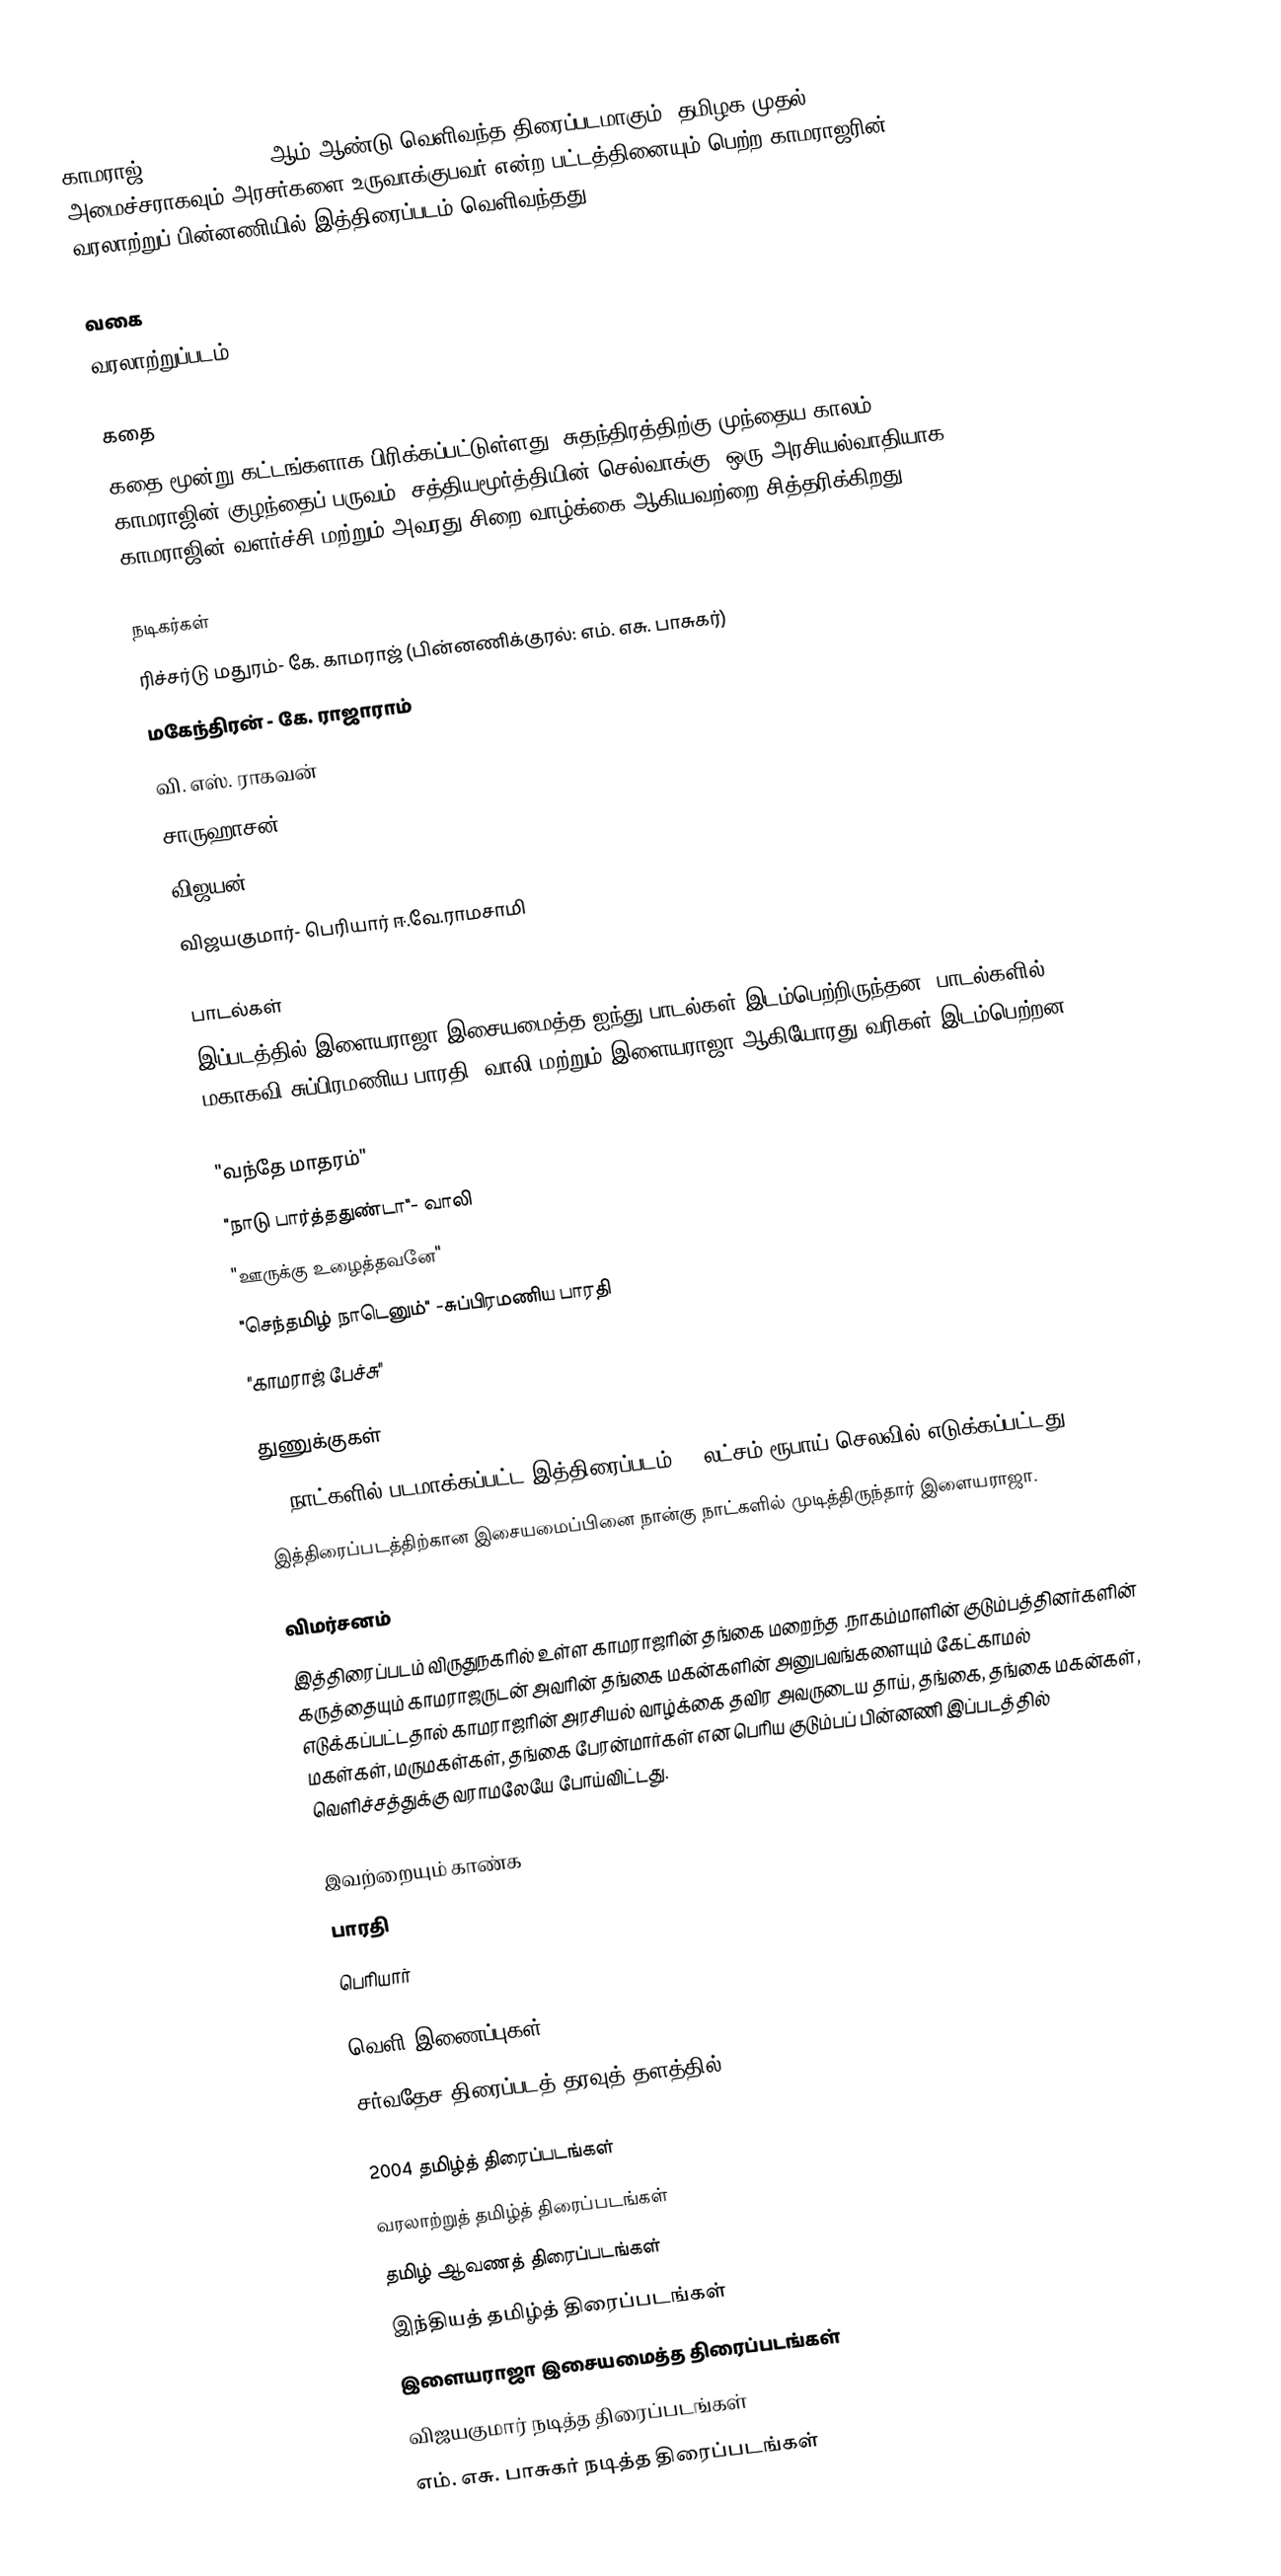
காமராஜ் (Kamaraj) 2004 ஆம் ஆண்டு வெளிவந்த திரைப்படமாகும். தமிழக முதல் அமைச்சராகவும் அரசர்களை உருவாக்குபவர் என்ற பட்டத்தினையும் பெற்ற காமராஜரின் வரலாற்றுப் பின்னணியில் இத்திரைப்படம் வெளிவந்தது.

வகை
 வரலாற்றுப்படம்

கதை
கதை மூன்று கட்டங்களாக பிரிக்கப்பட்டுள்ளது. சுதந்திரத்திற்கு முந்தைய காலம், காமராஜின் குழந்தைப் பருவம், சத்தியமூர்த்தியின் செல்வாக்கு, ஒரு அரசியல்வாதியாக காமராஜின் வளர்ச்சி மற்றும் அவரது சிறை வாழ்க்கை ஆகியவற்றை சித்தரிக்கிறது.

நடிகர்கள்
 ரிச்சர்டு மதுரம்- கே. காமராஜ் (பின்னணிக்குரல்: எம். எசு. பாசுகர்)
 மகேந்திரன் - கே. ராஜாராம்
 வி. எஸ். ராகவன்
 சாருஹாசன்
 விஜயன்
 விஜயகுமார்- பெரியார் ஈ.வே.ராமசாமி

பாடல்கள்
இப்படத்தில் இளையராஜா இசையமைத்த ஐந்து பாடல்கள் இடம்பெற்றிருந்தன. பாடல்களில் மகாகவி சுப்பிரமணிய பாரதி, வாலி மற்றும் இளையராஜா ஆகியோரது வரிகள் இடம்பெற்றன.

 "வந்தே மாதரம்"
 "நாடு பார்த்ததுண்டா"- வாலி
 "ஊருக்கு உழைத்தவனே"
 "செந்தமிழ் நாடெனும்" -சுப்பிரமணிய பாரதி
 "காமராஜ் பேச்சு"

துணுக்குகள்
20 நாட்களில் படமாக்கப்பட்ட இத்திரைப்படம் 50 லட்சம் ரூபாய் செலவில் எடுக்கப்பட்டது.
இத்திரைப்படத்திற்கான இசையமைப்பினை நான்கு நாட்களில் முடித்திருந்தார் இளையராஜா.

விமர்சனம்
இத்திரைப்படம் விருதுநகரில் உள்ள காமராஜரின் தங்கை மறைந்த .நாகம்மாளின் குடும்பத்தினர்களின் கருத்தையும் காமராஜருடன் அவரின் தங்கை மகன்களின் அனுபவங்களையும் கேட்காமல் எடுக்கப்பட்டதால் காமராஜரின் அரசியல் வாழ்க்கை தவிர அவருடைய தாய், தங்கை, தங்கை மகன்கள், மகள்கள், மருமகள்கள், தங்கை பேரன்மார்கள் என பெரிய குடும்பப் பின்னணி இப்படத்தில் வெளிச்சத்துக்கு வராமலேயே போய்விட்டது.

இவற்றையும் காண்க
 பாரதி
 பெரியார்

வெளி இணைப்புகள்
சர்வதேச திரைப்படத் தரவுத் தளத்தில்

2004 தமிழ்த் திரைப்படங்கள்
வரலாற்றுத் தமிழ்த் திரைப்படங்கள்
தமிழ் ஆவணத் திரைப்படங்கள்
இந்தியத் தமிழ்த் திரைப்படங்கள்
இளையராஜா இசையமைத்த திரைப்படங்கள்
விஜயகுமார் நடித்த திரைப்படங்கள்
எம். எசு. பாசுகர் நடித்த திரைப்படங்கள்